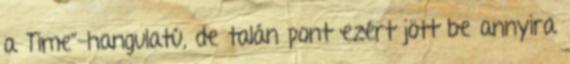
a Time”-hangulatú, de talán pont ezért jött be annyira